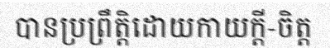
បានប្រព្រឹត្តិដោយកាយក្តី-ចិត្ត